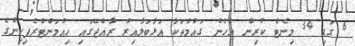
6 ގަޑި 34 މިނެޓް ކުރިން އެހެން ގައުމުތަކާ އަޅާބަލާއިރު ރާއްޖޭގައި ހިއުމަންޓްރެފިކިންގެ